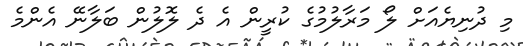
މި ދުނިޔެއަށް ލޯ މަރާލުމުގެ ކުރީން އެ ދެ ލޮލުން ބަލާނޭ އެންމެ